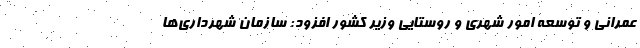
عمرانی و توسعه امور شهری و روستایی وزیر کشور افزود: سازمان شهرداری‌ها